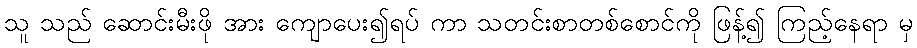
သူ သည် ဆောင်းမီးဖို အား ကျောပေး၍ရပ် ကာ သတင်းစာတစ်စောင်ကို ဖြန့်၍ ကြည့်နေရာ မှ